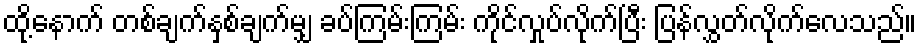
ထို့နောက် တစ်ချက်နှစ်ချက်မျှ ခပ်ကြမ်းကြမ်း ကိုင်လှုပ်လိုက်ပြီး ပြန်လွှတ်လိုက်လေသည်။